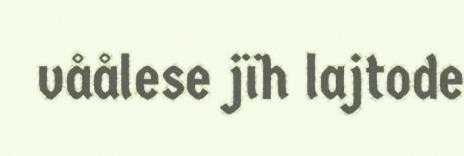
våålese jïh lajtode